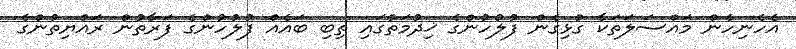
އެހެނިހެން މައްސަލަތަކާ ގުޅިގެން ފުލުހުންގެ ޚިދުމަތުގައި ތިބި ބައެއް ފުލުހުންގެ ފަރާތުން ރައްޔިތުންގެ